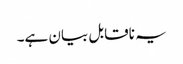
یہ ناقابل بیان ہے۔